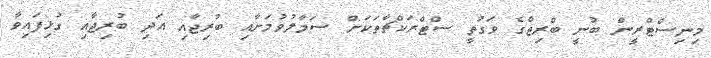
މިނިސްޓްރީން ބުނީ ބްރިޖްގެ ވަގުތީ ސްޓްރަކްޗާތަކަށް ސަމާލުވުމަށާއި ބުރިޖާއި އަދި ބުރިޖާއި ގުޅިފައިވާ